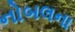
નોબલના